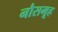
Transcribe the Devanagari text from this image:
नौसमूह